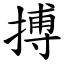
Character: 搏